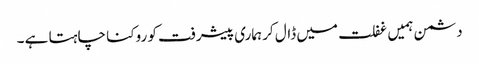
دشمن ہمیں غفلت میں ڈال کر ہماری پیشرفت کو روکنا چاہتا ہے ۔